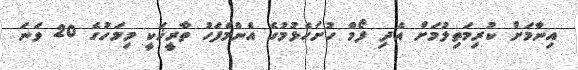
އިނާމަށް ކުރިމަތިލުމަށް އެދި ފޯމް ހުށަހެޅުމުގެ އެންމެފަހު ތާރީޚަކީ މިމަހުގެ 20 ވަނަ